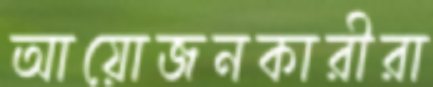
আয়োজনকারীরা